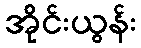
အိုင်းယွန်း